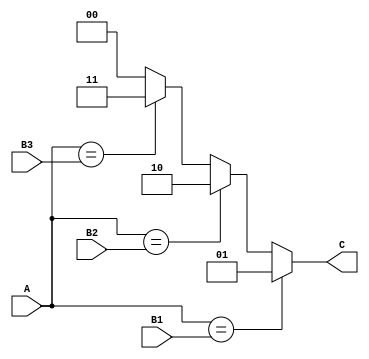
module questao_4_case(input A, B1, B2, B3, output reg [1:0] C);
    
    always @(A, B1, B2, B3, C) 
    begin    
        case(A)
            B1 : C = 2'b01;
            B2 : C = 2'b10;
            B3 : C = 2'b11;
            default : C = 2'b00;
        endcase
    end

endmodule